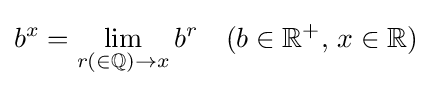
b^{x}=\lim _{r(\in \mathbb {Q} )\to x}b^{r}\quad (b\in \mathbb {R} ^{+},\,x\in \mathbb {R} )